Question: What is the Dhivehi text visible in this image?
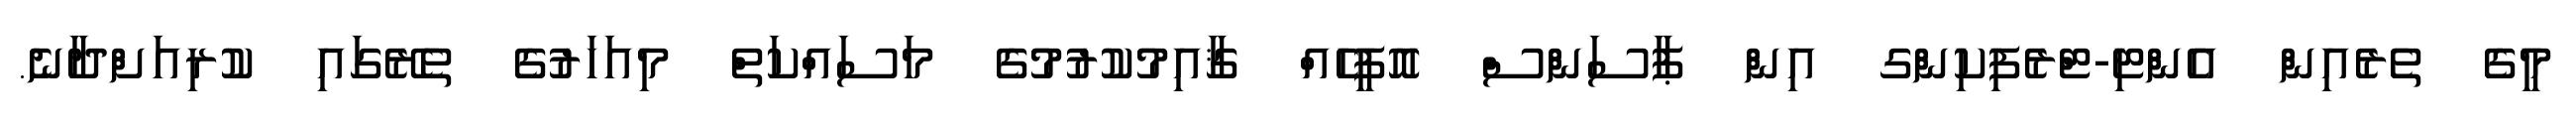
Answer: މީގެ ތެރެއިން އެންޓި-ޓްރެފިކިންގ އިން ޕާސަންސް އޮފީހެއް ޤާއިމުކުރުމުގެ މަސައްކަތް މިއަހަރުގެ ތެރޭގައި ކުރިއަށްދާނެ.